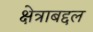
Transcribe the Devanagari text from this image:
क्षेत्राबद्दल